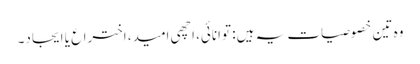
وہ تین خصوصیات یہ ہیں: توانائی، اچھی امید، اختراع یا ایجاد۔